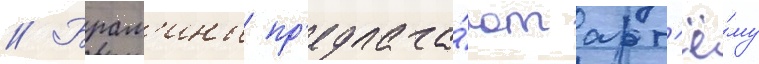
// Брам'ины пр'едлага́ют арт'ё́му